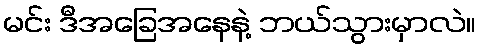
မင်း ဒီအခြေအနေနဲ့ ဘယ်သွားမှာလဲ။